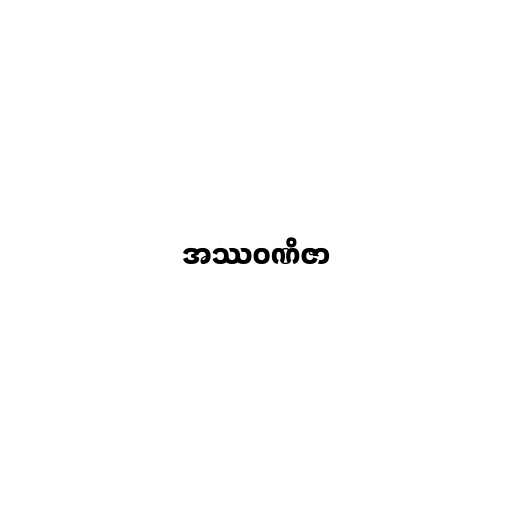
အဿဝဏိဇာ